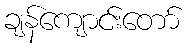
ချန်ကျောင်းတော်